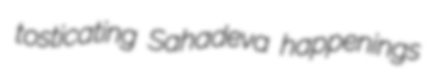
tosticating Sahadeva happenings